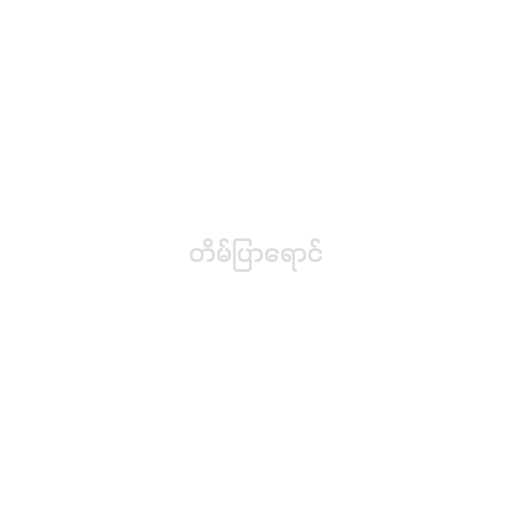
တိမ်ပြာရောင်